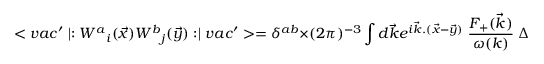
< v a c ^ { \prime } \mid : { W ^ { a } } _ { i } ( \vec { x } ) { W ^ { b } } _ { j } ( \vec { y } ) : \mid v a c ^ { \prime } > = { \delta } ^ { a b } \times ( 2 \pi ) ^ { - 3 } \int d \vec { k } e ^ { i \vec { k } . ( \vec { x } - \vec { y } ) } \; { \frac { F _ { + } ( \vec { k } ) } { \omega ( k ) } } \; \Delta _ { i j } ( \vec { k } ) ,